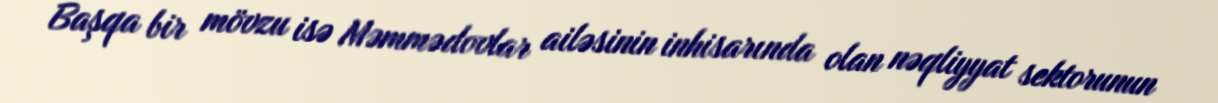
Başqa bir mövzu isə Məmmədovlar ailəsinin inhisarında olan nəqliyyat sektorunun